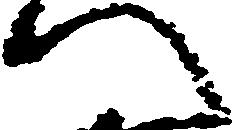
へ